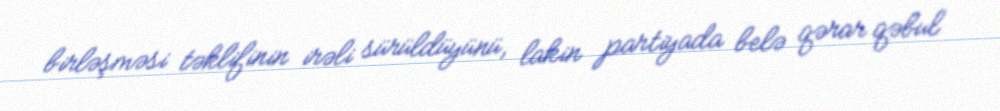
birləşməsi təklifinin irəli sürüldüyünü, lakin partiyada belə qərar qəbul